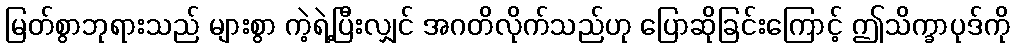
မြတ်စွာဘုရားသည် များစွာ ကဲ့ရဲ့ပြီးလျှင် အဂတိလိုက်သည်ဟု ပြောဆိုခြင်းကြောင့် ဤသိက္ခာပုဒ်ကို